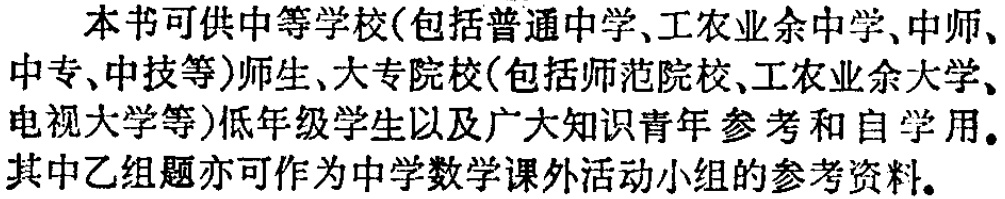
本书可供中等学校(包括普通中学、工农业余中学、中师、中专、中技等)师生、大专院校(包括师范院校、工农业余大学、电视大学等)低年级学生以及广大知识青年参考和自学用。其中乙组题亦可作为中学数学课外活动小组的参考资料。